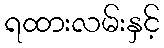
ရထားလမ်းနှင့်